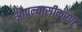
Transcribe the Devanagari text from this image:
औपन्यासीकरण